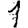
Digit: 1